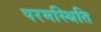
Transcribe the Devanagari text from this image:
परमस्थिति